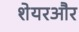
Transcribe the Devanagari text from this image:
शेयरऔर